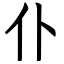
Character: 仆